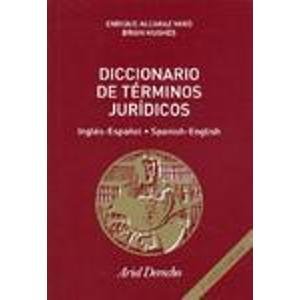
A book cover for Diccionario de Terminos Juridicos: Ingles-Espanol/Spanish-English (Ariel Derecho) (Spanish Edition); Enrique Alcaraz Varo; Law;